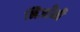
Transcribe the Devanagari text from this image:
निजाँमी